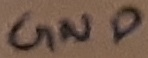
Text: GND